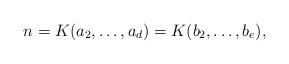
\begin{align*} n=K(a_2,\ldots,a_d)=K(b_2,\ldots,b_e), \end{align*}